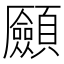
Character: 𩖄